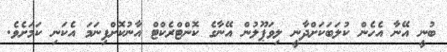
ބުނީ އޭނާ އެހެން ކުލަބަކަށްދާނީ ލިވަޕޫލުން އޭނާގެ ކޮންޓްރެކްޓް އާނުކޮށްފިނަމަ އެކަނި ކަމަށެވެ.